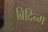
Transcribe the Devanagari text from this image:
ब्रिदिन्ग